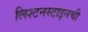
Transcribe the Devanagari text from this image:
लिश्टनस्टाइनची